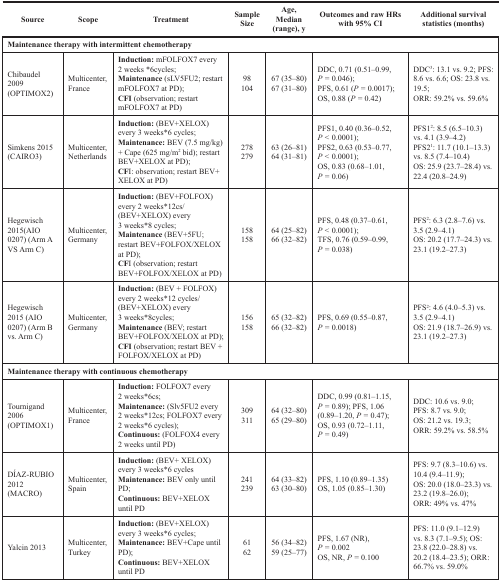
<table><thead><tr><td><b>Source</b></td><td><b>Scope</b></td><td><b>Treatment</b></td><td><b>Sample Size</b></td><td><b>Age, Median (range), y</b></td><td><b>Outcomes and raw HRs with 95% CI</b></td><td><b>Additional survival statistics (months)</b></td></tr></thead><tbody><tr><td colspan="7"><b>Maintenance therapy with intermittent chemotherapy</b></td></tr><tr><td>Chibaudel 2009 (OPTIMOX2)</td><td>Multicenter, France</td><td><b>Induction:</b> mFOLFOX7 every 2 weeks *6cycles;<b>Maintenance</b> (sLV5FU2; restart mFOLFOX7 at PD);<b>CFI</b> (observation; restart mFOLFOX7 at PD)</td><td>98104</td><td>67 (35–80)67 (31–80)</td><td>DDC, 0.71 (0.51–0.99, <i>P</i> = 0.046);PFS, 0.61 (<i>P</i> = 0.0017);OS, 0.88 (<i>P</i> = 0.42)</td><td>DDC<sup>3</sup>: 13.1 vs. 9.2; PFS: 8.6 vs. 6.6; OS: 23.8 vs. 19.5;ORR: 59.2% vs. 59.6%</td></tr><tr><td>Simkens 2015 (CAIRO3)</td><td>Multicenter, Netherlands</td><td><b>Induction:</b> (BEV+XELOX) every 3 weeks*6 cycles;<b>Maintenance:</b> BEV (7.5 mg/kg) + Cape (625 mg/m<sup>2</sup> bid); restart BEV+XELOX at PD);<b>CFI</b>: observation; restart BEV+ XELOX at PD)</td><td>278279</td><td>63 (26–81)64 (31–81)</td><td>PFS1, 0.40 (0.36–0.52, <i>P</i> &lt; 0.0001);PFS2, 0.63 (0.53–0.77, <i>P</i> &lt; 0.0001);OS, 0.83 (0.68–1.01, <i>P</i> = 0.06)</td><td>PFS1<sup>2</sup>: 8.5 (6.5–10.3) vs. 4.1 (3.9–4.2)PFS2<sup>1</sup>: 11.7 (10.1–13.3) vs. 8.5 (7.4–10.4)OS: 25.9 (23.7–28.4) vs. 22.4 (20.8–24.9)</td></tr><tr><td>Hegewisch 2015 (AIO 0207) (Arm A VS Arm C)</td><td>Multicenter, Germany</td><td><b>Induction:</b> (BEV+FOLFOX) every 2 weeks*12cs/(BEV+XELOX) every 3 weeks*8 cycles;<b>Maintenance</b> (BEV+5FU; restart BEV+FOLFOX/XELOX at PD);<b>CFI</b> (observation; restart BEV+FOLFOX/XELOX at PD)</td><td>158158</td><td>64 (25–82)66 (32–82)</td><td>PFS, 0.48 (0.37–0.61, <i>P</i> &lt; 0.0001);TFS, 0.76 (0.59–0.99, <i>P</i> = 0.038)</td><td>PFS<sup>2</sup>: 6.3 (2.8–7.6) vs. 3.5 (2.9–4.1)OS: 20.2 (17.7–24.3) vs. 23.1 (19.2–27.3)</td></tr><tr><td>Hegewisch 2015 (AIO 0207) (Arm B vs. Arm C)</td><td>Multicenter, Germany</td><td><b>Induction:</b> (BEV + FOLFOX) every 2 weeks*12 cycles/(BEV+XELOX) every 3 weeks*8cycles;<b>Maintenance</b> (BEV; restart BEV+FOLFOX/XELOX at PD);<b>CFI</b> (observation; restart BEV + FOLFOX/XELOX at PD)</td><td>156158</td><td>65 (32–82)66 (32–82)</td><td>PFS, 0.69 (0.55–0.87, <i>P</i> = 0.0018)</td><td>PFS<sup>2</sup>: 4.6 (4.0–5.3) vs. 3.5 (2.9–4.1)OS: 21.9 (18.7–26.9) vs. 23.1 (19.2–27.3)</td></tr><tr><td colspan="7"><b>Maintenance therapy with continuous chemotherapy</b></td></tr><tr><td>Tournigand 2006 (OPTIMOX1)</td><td>Multicenter, France</td><td><b>Induction:</b> FOLFOX7 every 2 weeks*6cs;<b>Maintenance:</b> (Slv5FU2 every 2 weeks*12cs; FOLFOX7 every 2 weeks*6 cycles);<b>Continuous:</b> (FOLFOX4 every 2 weeks until PD)</td><td>309311</td><td>64 (32–80)65 (29–80)</td><td>DDC, 0.99 (0.81–1.15, <i>P</i> = 0.89);PFS, 1.06 (0.89–1.20, <i>P</i> = 0.47);OS, 0.93 (0.72–1.11, <i>P</i> = 0.49)</td><td>DDC: 10.6 vs. 9.0;PFS: 8.7 vs. 9.0;OS: 21.2 vs. 19.3;ORR: 59.2% vs. 58.5%</td></tr><tr><td>DÍAZ-RUBIO 2012 (MACRO)</td><td>Multicenter, Spain</td><td><b>Induction:</b> (BEV+ XELOX) every 3 weeks*6 cycles<b>Maintenance:</b> BEV only until PD;<b>Continuous:</b> BEV+XELOX until PD</td><td>241239</td><td>64 (33–82)63 (30–80)</td><td>PFS, 1.10 (0.89–1.35)OS, 1.05 (0.85–1.30)</td><td>PFS: 9.7 (8.3–10.6) vs. 10.4 (9.4–11.9);OS: 20.0 (18.0–23.3) vs. 23.2 (19.8–26.0);ORR: 49% vs. 47%</td></tr><tr><td>Yalcin 2013</td><td>Multicenter, Turkey</td><td><b>Induction:</b> (BEV+XELOX) every 3 weeks*6 cycles;<b>Maintenance:</b> BEV+Cape until PD);<b>Continuous:</b> BEV+XELOX until PD</td><td>6162</td><td>56 (34–82)59 (25–77)</td><td>PFS, 1.67 (NR), <i>P</i> = 0.002OS, NR, <i>P</i> = 0.100</td><td>PFS: 11.0 (9.1–12.9) vs. 8.3 (7.1–9.5);OS: 23.8 (22.0–28.8) vs. 20.2 (18.4–23.5);ORR: 66.7% vs. 59.0%</td></tr></tbody></table>